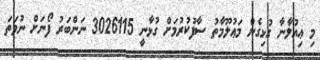
މި ޢިއުލާނާ ގުޅިގެން މަޢުލޫމާތު ސާފުކުރުމަށް ގުޅާނީ 3026115 ނަންބަރު ފޯނަށް ނުވަތަ